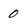
Character: 0